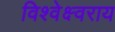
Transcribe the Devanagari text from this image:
विश्वेक्ष्वराय